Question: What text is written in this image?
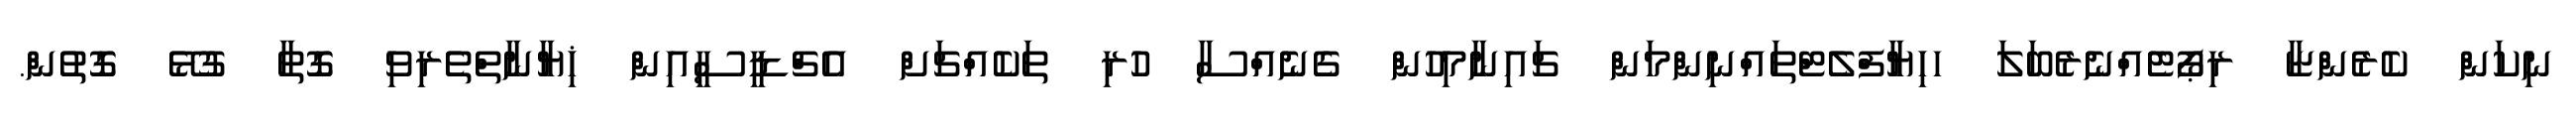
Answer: ނިކަން ކެރެންޏާ ރިޕޯޓެއްނެރެބަލަ ހހިޔާފްލެޓްތައްނިންމަން ޗައިނާމިހުން ގެނެއްސާ ހުރި ތަކެއްޗަށް އެޗްޑީސީއިން ޚިޔާނާތްތެރިވި ގޮތާ ގުޅޭ ގޮތުން.